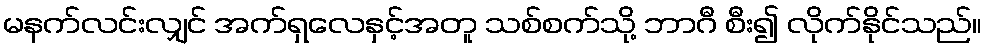
မနက်လင်းလျှင် အက်ရှလေနှင့်အတူ သစ်စက်သို့ ဘာဂီ စီး၍ လိုက်နိုင်သည်။